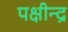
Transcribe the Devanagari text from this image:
पक्षीन्द्र